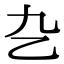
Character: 㐇